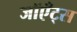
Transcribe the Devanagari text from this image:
जॉएँट्स